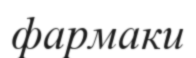
фармаки